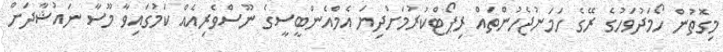
މިގޮތުން ހޯމަދުވަހުގެ ރޭގެ ހަމަނުޖެހުންތައް ރިޕޯޓްކުރުމަށްދިޔަ އެމްއެންބީސީގެ ނޫސްވެރިއެއް ކަމުގައިވާ މޫސާ ނައުޝާދަށް